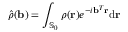
\hat { \rho } ( \mathbf { b } ) = \int _ { \mathbb { S } _ { 0 } } \rho ( \mathbf { r } ) e ^ { - i \mathbf { b } ^ { T } \mathbf { r } } \mathrm { d } \mathbf { r }